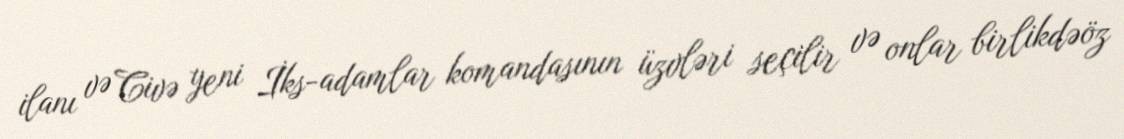
ilanı və Civə yeni İks-adamlar komandasının üzvləri seçilir və onlar birlikdəöz